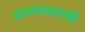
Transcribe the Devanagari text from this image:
दाभणासारखी